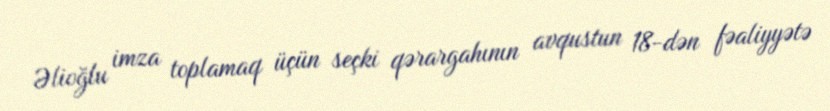
Əlioğlu imza toplamaq üçün seçki qərargahının avqustun 18-dən fəaliyyətə